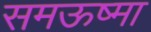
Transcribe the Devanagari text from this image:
समऊष्मा